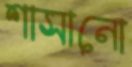
শাসানো